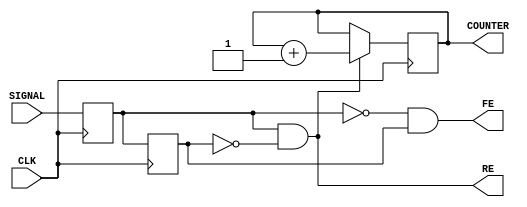
module FLANKENTRIGGER(
	input CLK,
	input SIGNAL,
	output RE,
	output FE,
	output reg [7:0] COUNTER);
	//	
	reg hri1; 
	reg hri2;
	//
	assign RE = (hri1 && !hri2);
	assign FE = (!hri1 && hri2);
	//
	initial
	begin
		COUNTER <= 0;
		hri1 <= 0; 
		hri2 <= 0;
	end
	//
	always @(posedge CLK)
	begin
	//
	hri1 <= SIGNAL;
	hri2 <= hri1;	
	//
	if (RE) 
		begin
		COUNTER <= COUNTER + 1;
		end
	//
	end
endmodule